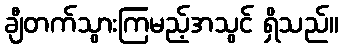
ချီတက်သွားကြမည့်အသွင် ရှိသည်။